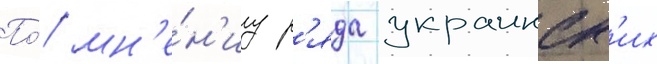
По́ мн'е́н'иу р'яда украинск'их